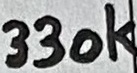
Text: 330K